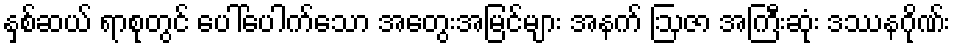
နှစ်ဆယ် ရာစုတွင် ပေါ်ပေါက်သော အတွေးအမြင်များ အနက် ဩဇာ အကြီးဆုံး ဒဿနဂိုဏ်း